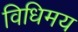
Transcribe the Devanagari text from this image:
विधिमय